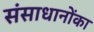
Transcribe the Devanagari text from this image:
संसाधानोंका